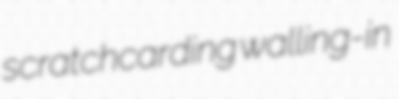
scratchcarding walling-in